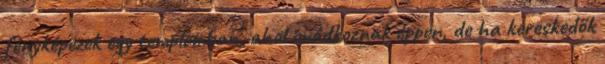
fényképezek egy templomban, ahol imádkoznak éppen, de ha kereskedők